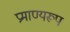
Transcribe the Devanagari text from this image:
प्रमाण्यरूप